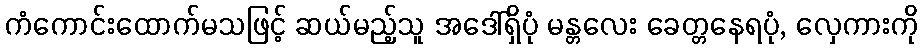
ကံကောင်းထောက်မသဖြင့် ဆယ်မည့်သူ အဒေါ်ရှိပုံ မန္တလေး ခေတ္တနေရပုံ, လှေကားကို